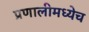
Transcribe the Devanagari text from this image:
प्रणालीमध्येच